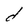
Character: d